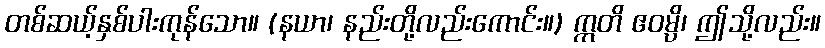
တစ်ဆယ့်နှစ်ပါးကုန်သော။ (နယာ၊ နည်းတို့လည်းကောင်း။) ဣတိ ဧဝမ္ပိ၊ ဤသို့လည်း။